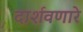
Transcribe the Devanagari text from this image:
दार्शवणारे